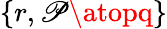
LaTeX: \left\{ r,{\mathscr{P}\atopq}\right\}